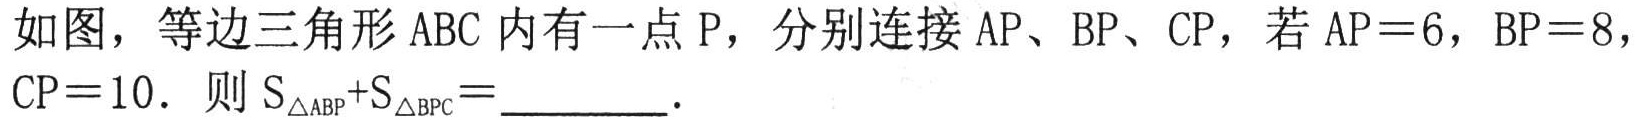
如图，等边三角形\(ABC\)内有一点\(P\)，分别连接\(AP\)、\(BP\)、\(CP\)，若\(AP = 6\)，\(BP = 8\)，\(CP = 10\)．则\(S_{\triangle ABP}+S_{\triangle BPC}=\)________．